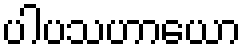
ပါပသဟာယော